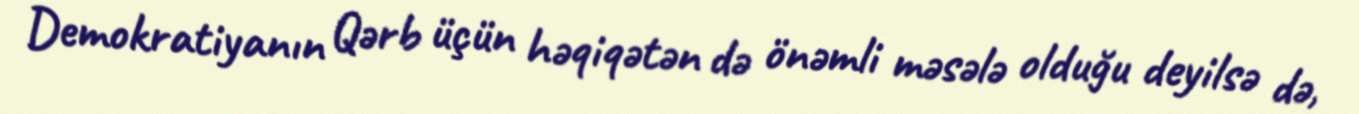
Demokratiyanın Qərb üçün həqiqətən də önəmli məsələ olduğu deyilsə də,